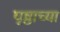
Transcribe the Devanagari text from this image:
पृष्ठाच्या